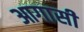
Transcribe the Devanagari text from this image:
आगासी